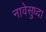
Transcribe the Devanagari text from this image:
नावेसुध्दा